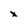
Character: x